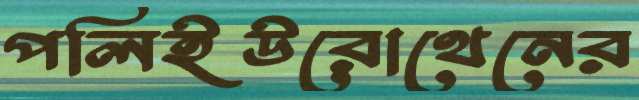
পলিইউরোথেনের